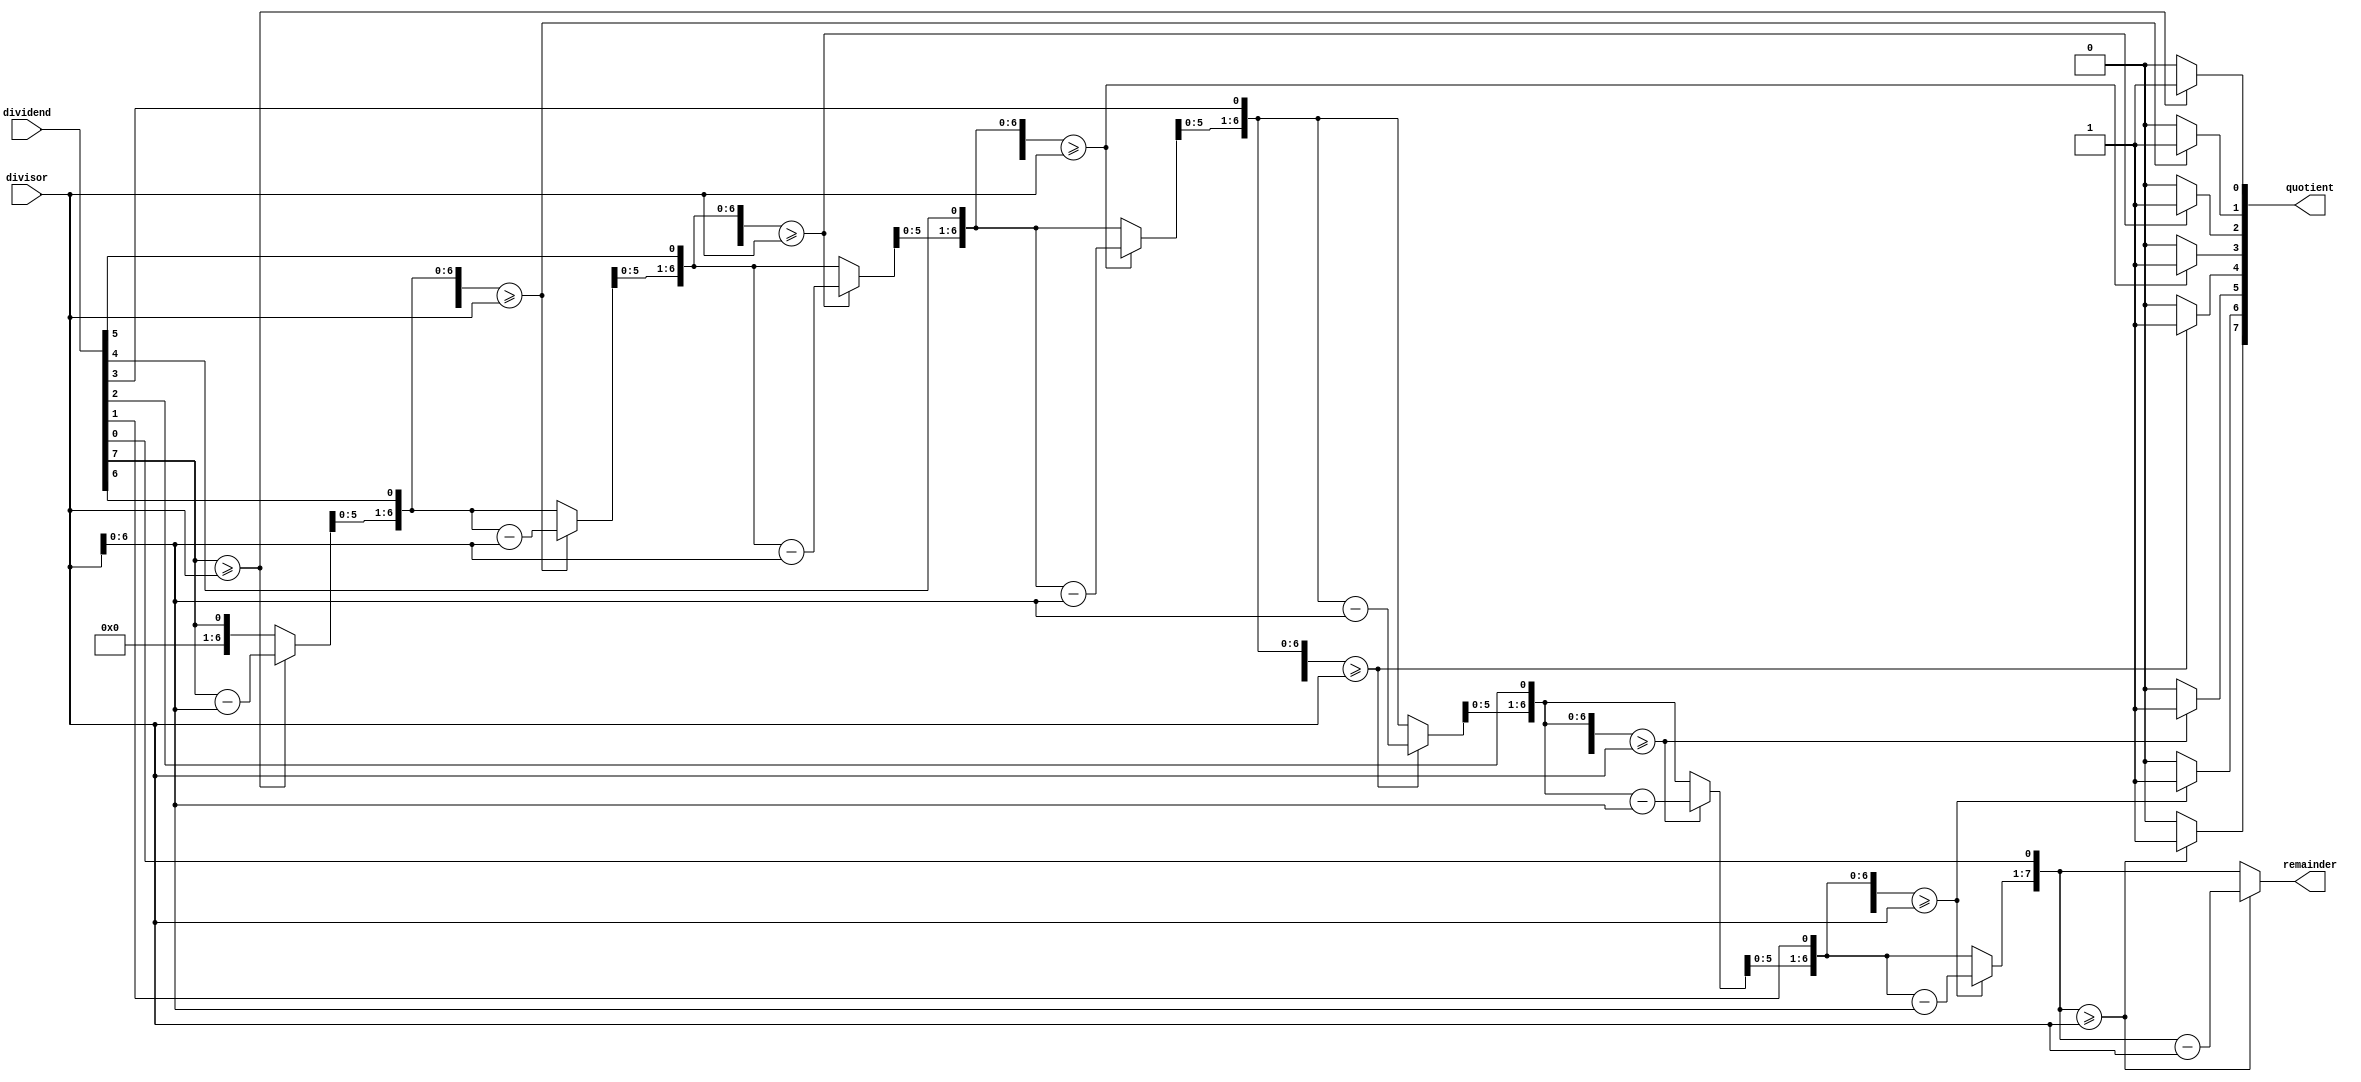
module binary_divider(
    input [7:0] dividend,
    input [7:0] divisor,
    output reg [7:0] quotient,
    output reg [7:0] remainder
);

reg [7:0] temp_dividend;
reg [7:0] temp_quotient;
reg [7:0] temp_remainder;
reg [3:0] i;

always @(dividend, divisor) begin
    temp_dividend = dividend;
    temp_quotient = 8'b0;
    temp_remainder = 8'b0;
    
    for (i = 0; i < 8; i = i + 1) begin
        temp_remainder = temp_remainder << 1;
        temp_remainder[0] = temp_dividend[7];
        temp_dividend = temp_dividend << 1;
        
        if (temp_remainder >= divisor) begin
            temp_remainder = temp_remainder - divisor;
            temp_quotient[i] = 1'b1;
        end
    end
    
    quotient = temp_quotient;
    remainder = temp_remainder;
end

endmodule